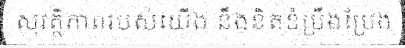
សុវត្ថិភាពរបស់យើង នឹងខិតខំប្រឹងប្រែង